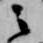
之